Trukikaitis_Postimees, lk 197
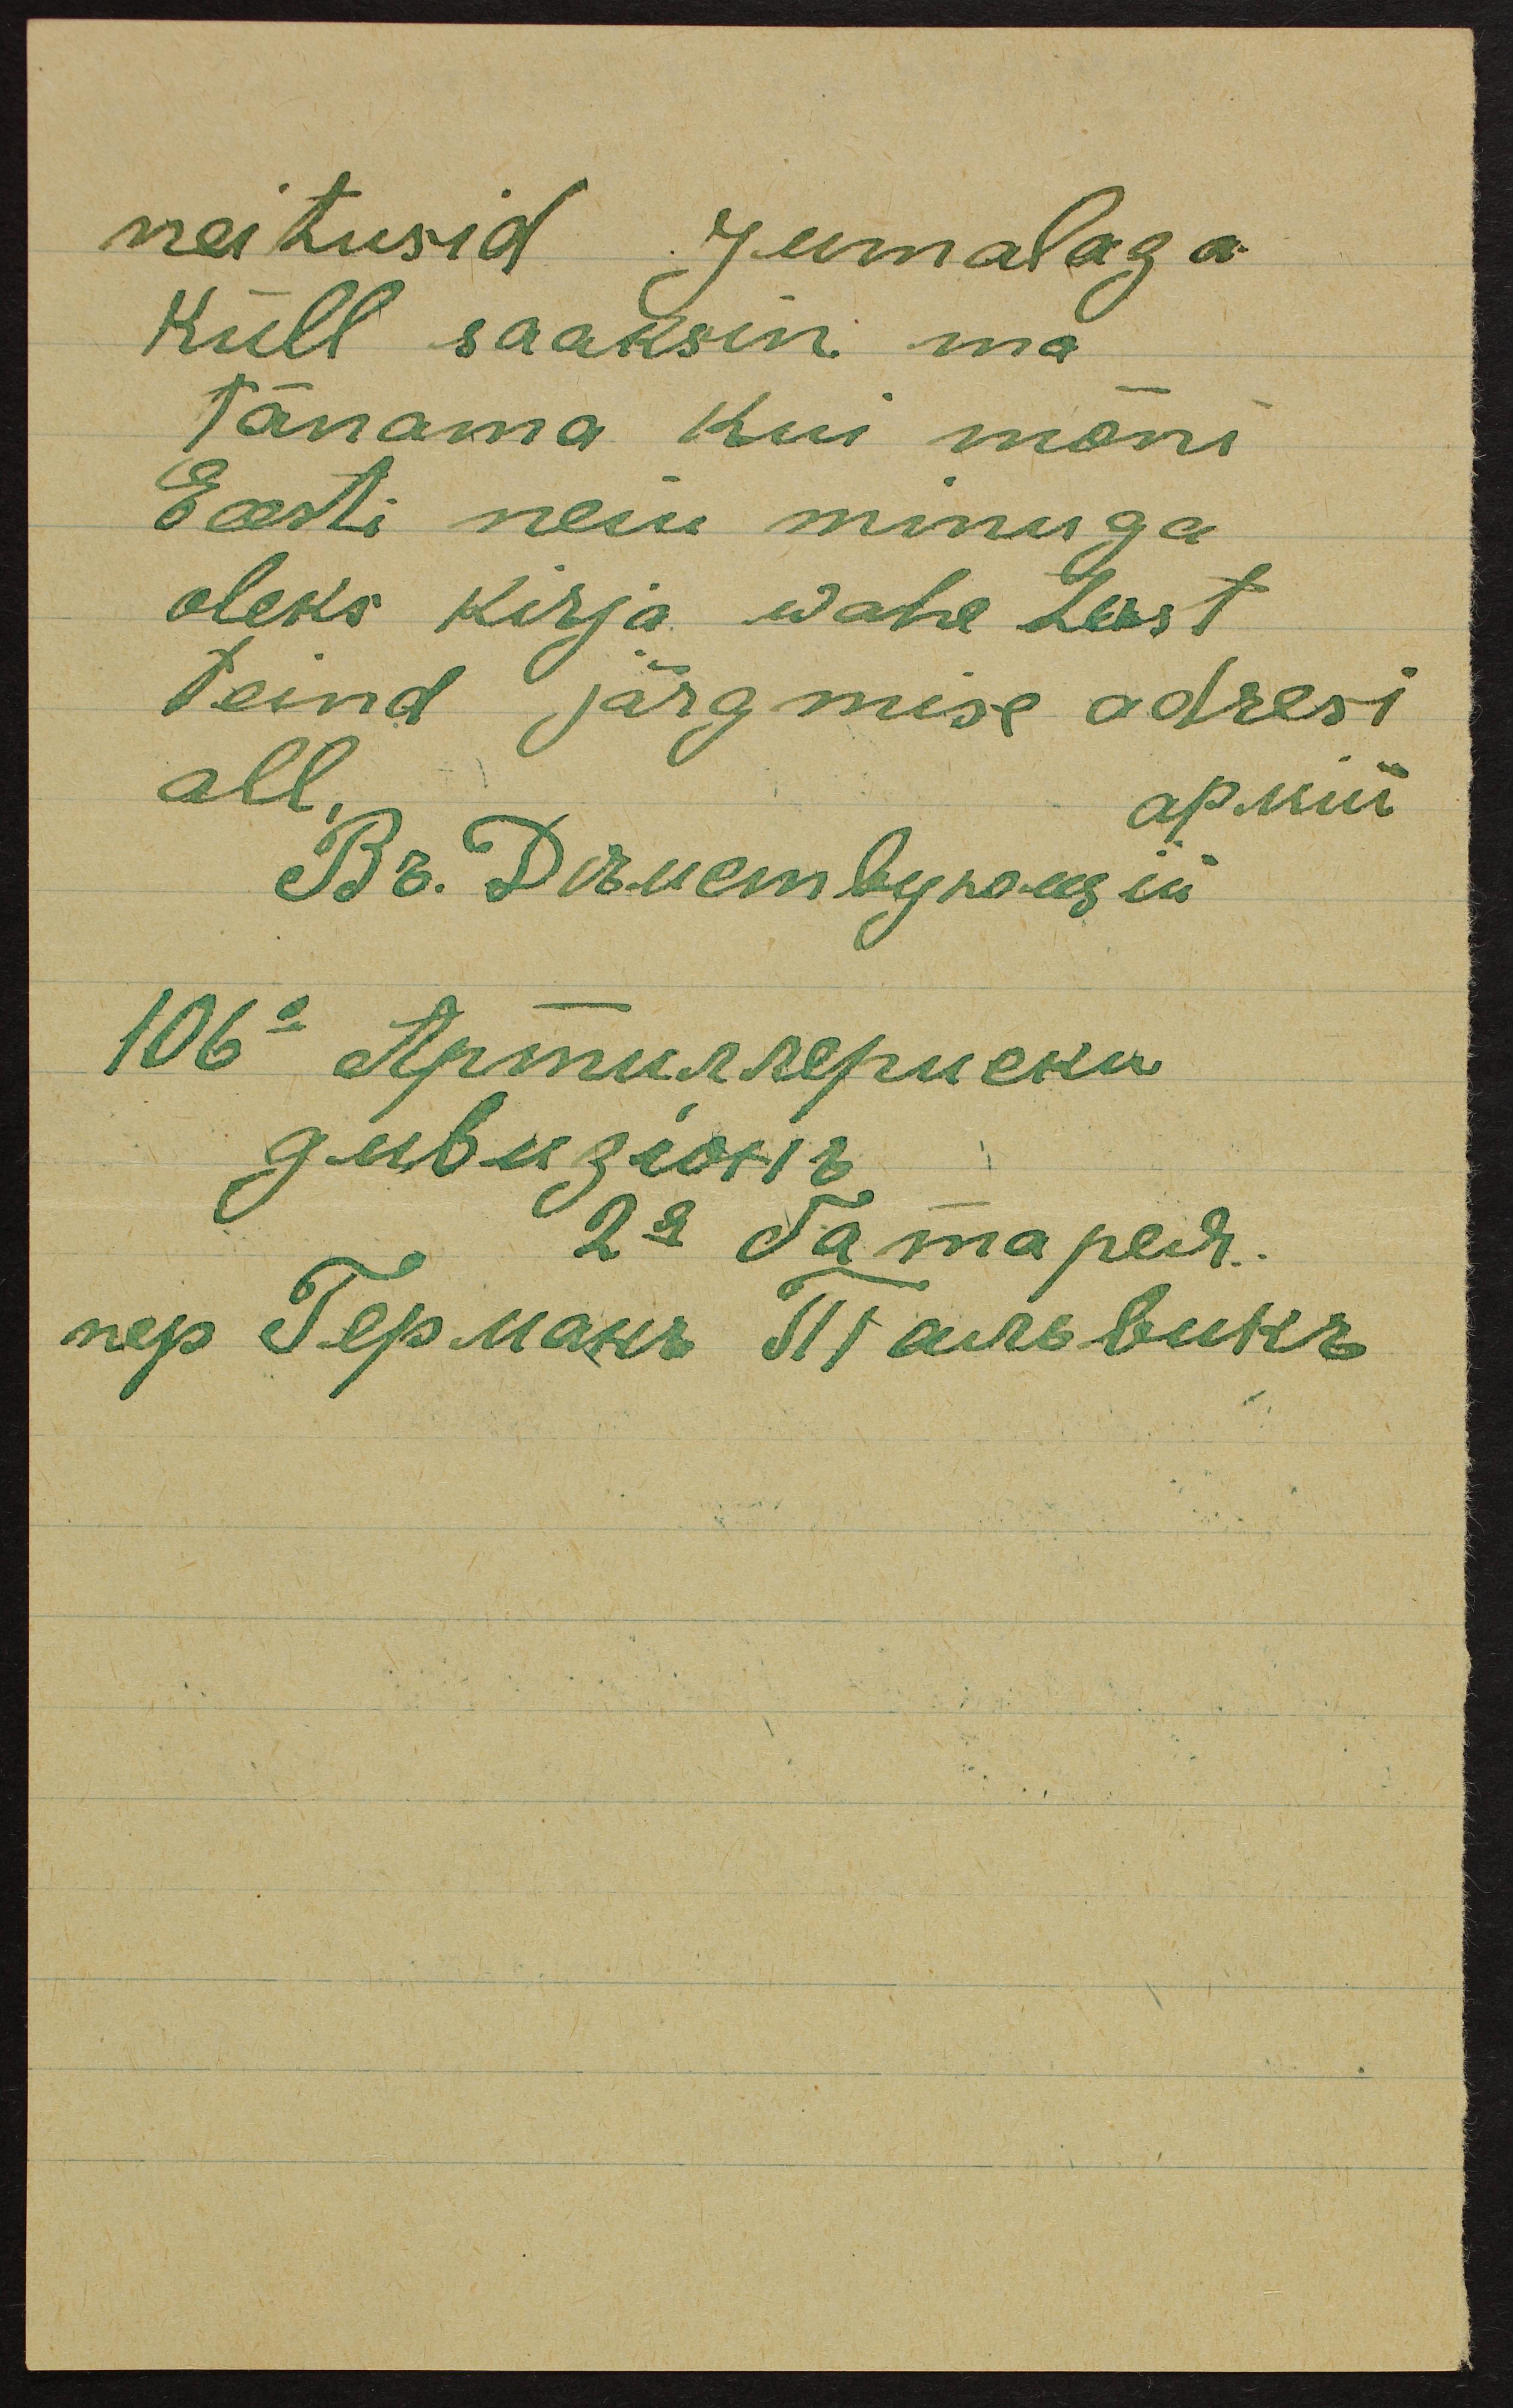
neitusid Jumalaga
Küll saaksin ma
tänama kui mõni
Eeesti neiu minuga
oleks kirja wahe tust
teind järgmise adresi
all,